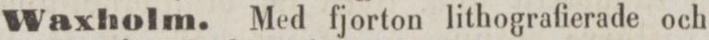
Waxholm. Med fjorton lithografierade och